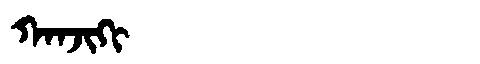
Manchu: ᡴᠠᠨᠵᡳᡴᡳ
Romanization: KANJIKI